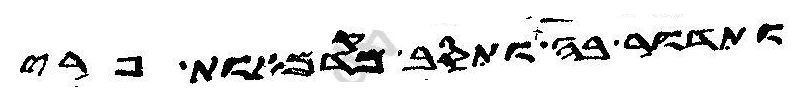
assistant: ותדור בה ותסב מקדמאות פרי